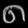
Digit: ၈